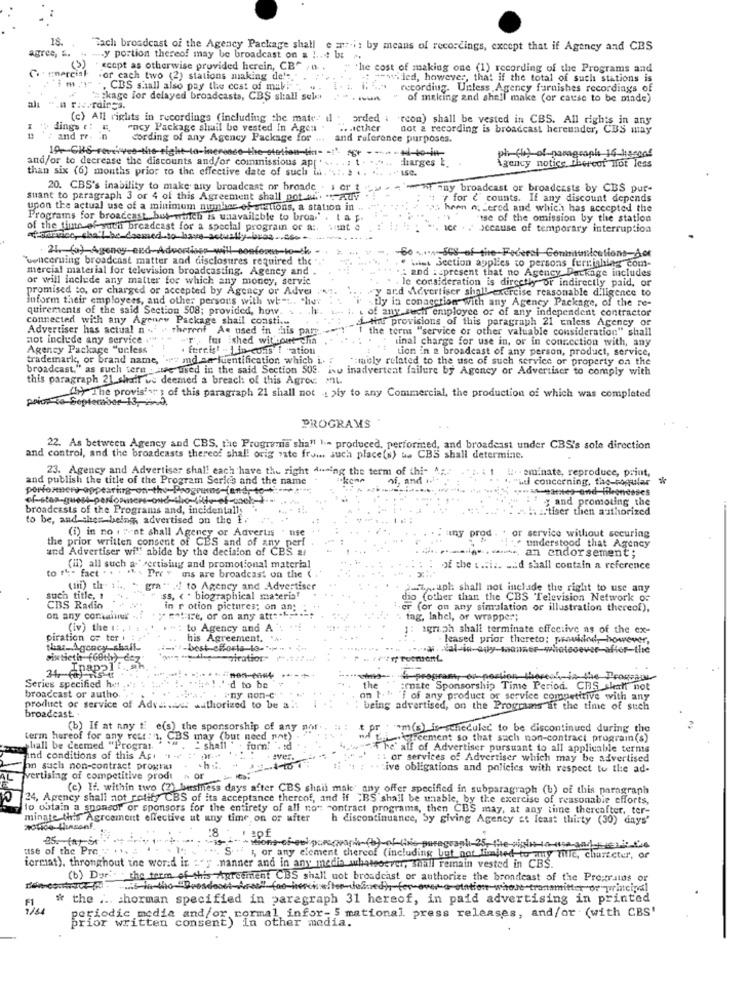
18.
agres, E.
"Tach broadcast of the Agency Package shall
e ath: by means of recordings, except that if Agency and CBS
agree, &. .. .... y portion thereof may be broadcast on a !...! but
(3)
ccopt as otherwise provided herein, CB"
the cost of making one (1) recording of the Programs and
Commercial
.or cach two (2) stations making de'
=>ied, however, that if the total of such stations is
CBS shall also pay the cost of mall
recording. Unless Agency furnishes recordings of
*ckage lor delayed broadcasts, CBS shall sel
of meking and shall make (or cause to be made)
al
all ".n riveraines.
(c) All rights in recordings (including the mate-
arded
"rcon) shall be vested in CBS. All rights in any
dings r: ",
racy Package shail be vested in Agen .
.. . Icther
not & recording is broadcast hereunder, CBS may
and re. in
Cording of any Agency Package for ...
and reference purposes.
19. CKS-reverves-the right-to-inerenco-the-station-ti-
charges t.
and/or to decrease the discounts and/or commissions ap['
than six (6) months prior to the effective date of such in."
.. .. ... .** ISC.
Agency notice thereof Not less
20. CBS's inability to make any broadcast or broade . i or
why ny broadcast or broadcasts by CBS pur-
suant to paragraph 3 or 4 of this Agreement shall pot ali. "-Adv
7 for <" counts. If any discount depends
upon the actual use of a minimum number of stations, a station in
hean offered and which has accepted the
Programs for broadcast but-which is unavailable to bros.' . ta
"isc of the omission by the station
of the time ef auch broadcast for a special program or a:
because of temporary interruption
fornice, cha'l be deemed to have actually bros ..
24. (a) Agoney end Advortioss will sonforst-to-tk
"vencerning broadcast matter and disclosures required the
0 .....- SC8-of-the-Federal Conhitumnicetions-&ot
mercial material for television broadcasting. Agency and
and : _ present that no Agency Package includes
wist Section applies to persons furnishing com-
or will include any matter for which any money, servic
. . le consideration is directly or indirectly paid, or
promised to, or charged or accepted by Agency or Adver
vy ard Advertiser shall-exercise reasonable diligence to
inform their employees, and other persons with wet ..
stly ia conagction with any Agency Package, of the re-
quirements of the said Section 508; provided, how
of any such employee of of any independent contractor
connected with any Ageney Package shall coasti ...
Advertiser has actual n . " thereof As used in his p
f the provisions of this paragraph 21 unless Agency or
the term "service or other valuable consideration" shall
not include any service ."
. Fus ished withcourt chia
linal charge for use in, or in connection with, any
Agency Package "unless'
. fereis! - 1 in cons I "ation
tion in a broadcast of any person, product, service,
trademark, or brand name, " id sa fuentification which i .. .
Emely related to the use of such service or property on the
broadcast." as such term _ use used in the said Section 505. iso inadvertent failure by Agency or Advertiser to comply with
this paragraph 21_shail ve deemed a breach of this Agree Ml.
(> The provis's" } of this paragraph 21 shall not a >ly to any Commercial, the production of which was completed
PROGRAMS
22. As between Agency and CBS, the Programis shall 1 .- produced, performed, and broadcast under CBS's sole direction
and control, and the broadcasts thereof shall orig vate from such place(s) ue CBS shall determine.
23. Agency and Advertiser shall each have the right 4.aing the term of thi-
eminate, reproduce, print,
and publish the title of the Program Series and the name
"wil concerning, the-popular
y and promoting the
broadcasts of the Programs and, incidentally
itiser then authorized
to be, and sher being, advertised on the E.
(i) in no . 7 at shall Agency or Advertis
the prior written consent of CBS and of any perf
prod
or service without securing
understood that Agency
and Advertiser will abide by the decision of CBS 2.
,an endorsement;
to the fact . . . .
(il) all such a-"pertisiug and promotional material
of the ... i .. ... d shall contain a reference
Pre v ms are broadcast on the ( ,
(iii) th
. grad! to Agency and Advertiser
P=Laph shall not include the right to use any
such title, 1
iss, ( . biographical materia"
dio (other than the CBS Television Network of
CBS Radio
in r otion pictures; on an:
er (or on any simulation or illustration thereof),
on any comalinux ..?
y Faire, or on any att :. t.
tag, lahel, or wrapper;
(iv) the 1: ,!
to Agency and A
igri ph shall terminate effective as of the ex-
piration of tor
his Agreement.
leased prior thereto; provided, however,
that_Agency shall-
-whatsoever
sixtieth (60th) dez"
-piration
the 1"
ampo
Series specified het
d to be
:rate Sponsorship Time Period. CBS shall not
broadcast or autho.
any non-C
on 1." 'f of any product or service competitive with any
product or service of Adviseur authorized to be a
being advertised, on the Progcums at the time of such
broadcast .
(b) If at nny t e(s) the sponsorship of any not
t pr
om(s) is-scheduled to be discontinued during the
term hureof for any rest : 1. CBS may (but need not)
effecment so that such non-contract prograin(s)
shall be ceemed "Prograt.
forn
he' alf of Advertiser pursuant to all applicable terms
Ind conditions of this Api 1-
· ever.
or services of Advertiser which may be advertised
on such non-contract progres
ive obligations and policies with respect to the ad-
vertising of competitive prodt
~ OF
(e) If. within two (2) business days after CBS shall mak' any offer specified in subparagraph (b) of this paragraph
24, Agency shall not retify CBS of its acceptance thereof, and if "BS shall be unable, by the exercise of reasonable efforts,
to obtain a sponsor or sponsors for the entirety of all non contract programs, then CBS may, at any time thereafter, ter-
minate this Agreement effective ut any time on or after
h discontinuance, by giving Agency at least thirty (30) days'
:8
25. (a) St
use of the Pre
song-of-oui passwort (b)-of-line paragraph 25, the right to-
, or any element thereof (including but not limited to any tile, character, of
format). throughout the word in :"y .nanner and in any media whatsoever, shall remain vested in CBS.
(b) Dar. the term of this Agreement CBS shall not broadcast or authorize the broadcast of the Propratos or
is in the "Brosdoset-Ares" foo-herciefter-defined-fer-overa station-wiese-transmitter or principal
* the ... chorman specified in paragraph 31 hereof, in paid advertising in printed
F1
periodic media and/or normal, infor- 5 mational press releases, and/or (with CBS'
prior written consent) In other media.